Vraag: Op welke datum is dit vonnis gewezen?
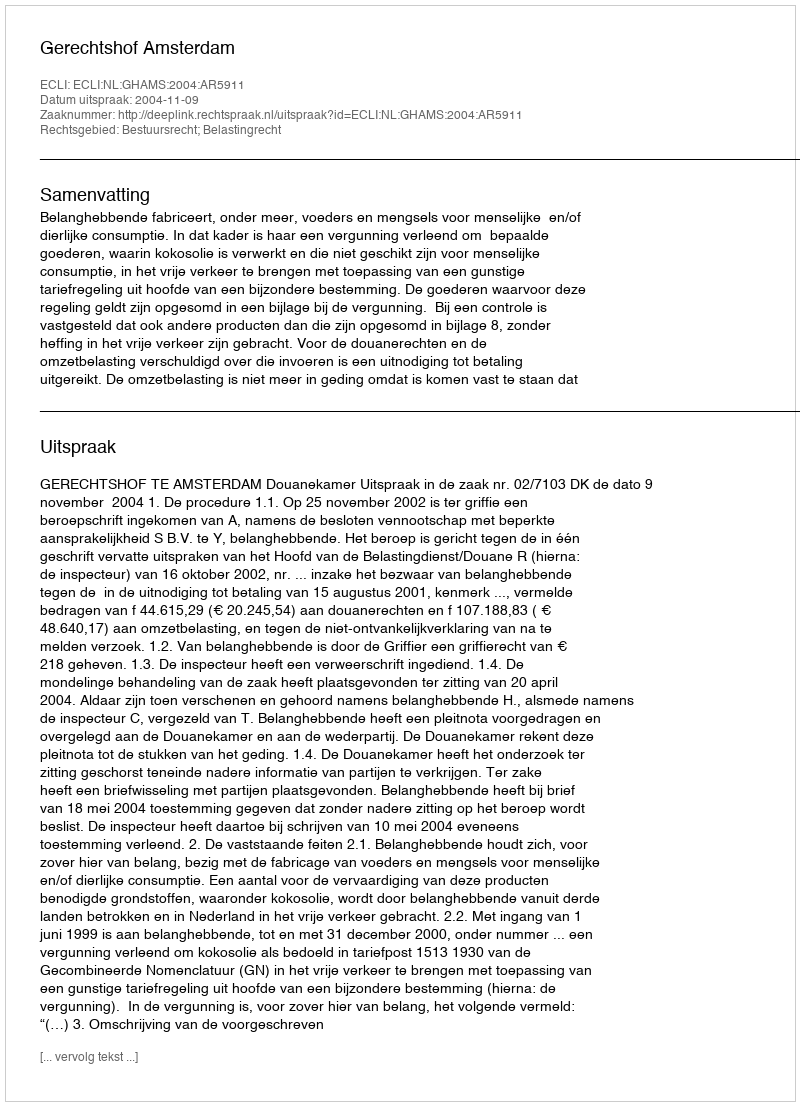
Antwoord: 2004-11-09